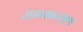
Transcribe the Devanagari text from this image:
यमनकल्याण